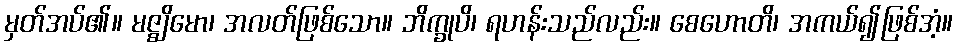
မှတ်အပ်၏။ မဇ္ဈိမော၊ အလတ်ဖြစ်သော။ ဘိက္ခုပိ၊ ရဟန်းသည်လည်း။ စေဟောတိ၊ အကယ်၍ဖြစ်အံ့။